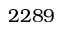
2 2 8 9